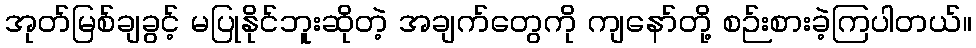
အုတ်မြစ်ချခွင့် မပြုနိုင်ဘူးဆိုတဲ့ အချက်တွေကို ကျနော်တို့ စဉ်းစားခဲ့ကြပါတယ်။